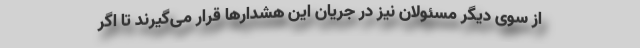
از سوی دیگر مسئولان نیز در جریان این هشدارها قرار می‌گیرند تا اگر